Civil Veterinary Dept. Assam report 1911-1927 - 1911-1927
Year: 1911
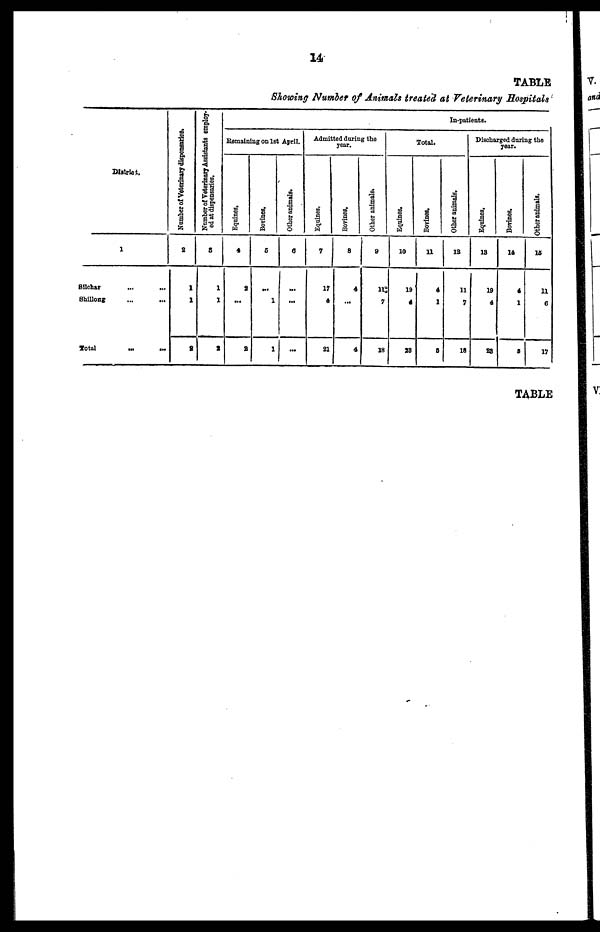
14
TABLE
Showing Number of Animals treated at Veterinary Hospitals
District.
1
Silchar ... ...
Shillong ... ...
Total ... ...
Number of Veterinary dispensaries.
2
1
1
9
Number of Veterinary Assistants employ-
ed at dispensaries.
3
1
1
2
In-patients.
Remaining on 1st April.
Equines.
4
2
...
2
Bovines.
5
...
1
1
Other animals.
6
...
...
...
Admitted during the
year.
Equities,
7
17
4
21
Bovines.
8
4
...
4
Other animals.
9
11
7
18
Total.
Equines.
10
19
4
38
Bovines.
11
4
1
5
Other animals.
12
11
7
18
Discharged during the
year.
Equines,
13
19
4
23
Bovines.
14
4
1
0
Other animals.
15
11
6
17
TABLE